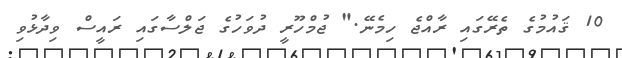
10 ޤައުމުގެ ތެރޭގައި ރާއްޖެ ހިމެނޭ." ޖުމްހޫރީ ދުވަހުގެ ޖަލްސާގައި ރައީސް ވިދާޅުވި